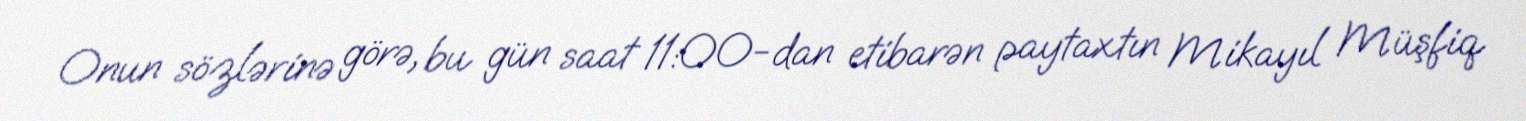
Onun sözlərinə görə, bu gün saat 11:00-dan etibarən paytaxtın Mikayıl Müşfiq